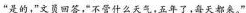
”是的，”文员回答，“不管什么天气，五年了，每天都来，”